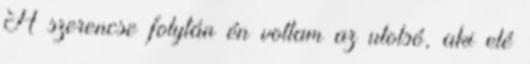
A szerencse folytán én voltam az utolsó, aki elé